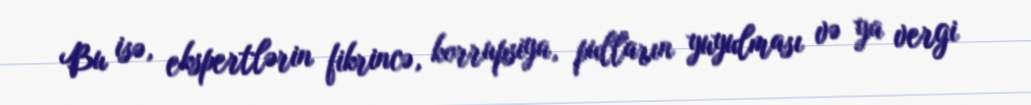
Bu isə, ekspertlərin fikrincə, korrupsiya, pulların yuyulması və ya vergi